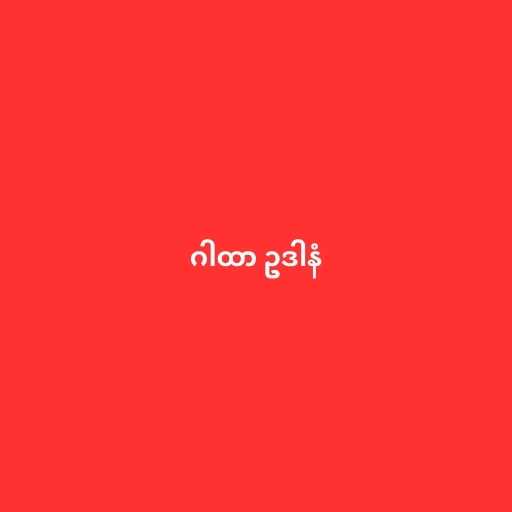
ဂါထာ ဥဒါနံ